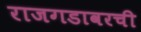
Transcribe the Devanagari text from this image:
राजगडावरची